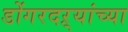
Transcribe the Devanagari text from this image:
डोंगरदऱ्यांच्या